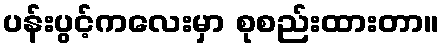
ပန်းပွင့်ကလေးမှာ စုစည်းထားတာ။